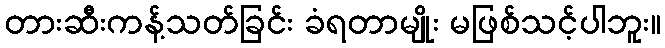
တားဆီးကန့်သတ်ခြင်း ခံရတာမျိုး မဖြစ်သင့်ပါဘူး။